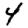
Digit: 4